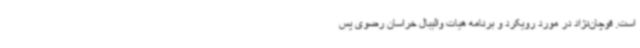
است. قوچان‌نژاد در مورد رویکرد و برنامه هیات والیبال خراسان رضوی پس